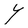
Character: Y